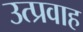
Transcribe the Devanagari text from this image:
उत्प्रवाह